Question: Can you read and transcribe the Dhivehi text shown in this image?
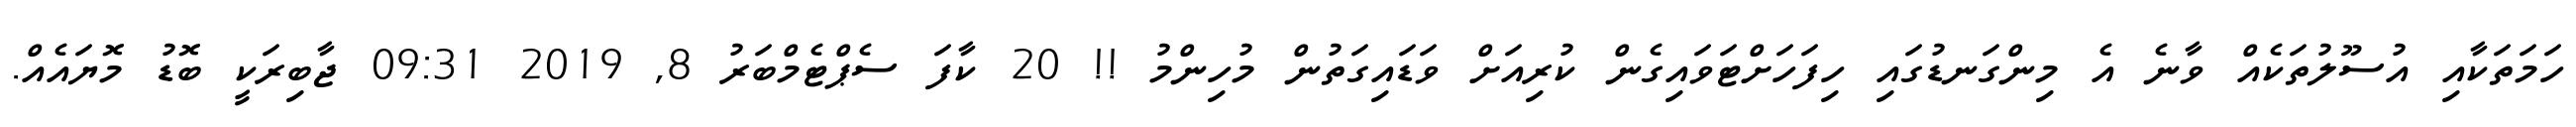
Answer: ހަމަތަކާއި އުސޫލުތަކެއް ވާނެ އެ މިންގަނޑުގައި ހިފަހަށްޓަވައިގެން ކުރިއަށް ވަޑައިގަތުން މުހިންމު !! 20 ކާފަ ސެޕްޓެމްބަރު 8, 2019 09:31 ޖާބިރަކީ ބޮޑު މޮޔައެއް.